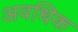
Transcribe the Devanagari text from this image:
अवधिक